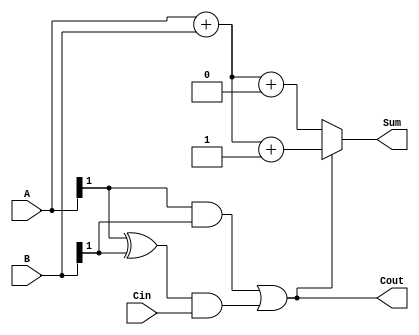
module carry_select_adder (
    input [3:0] A,
    input [3:0] B,
    input Cin,
    output [3:0] Sum,
    output Cout
);
    wire [3:0] S0, S1;     // Sums for C-in = 0 and C-in = 1
    wire C0, C1;           // Carry outs for C-in = 0 and C-in = 1
    wire P0, G0;           // Propagate and Generate for first segment
    wire P1, G1;           // Propagate and Generate for second segment

    // First 4-bit adder (C-in = 0)
    assign {C0, S0} = A + B + 1'b0; // Sum and carry for C-in = 0

    // First 4-bit adder (C-in = 1)
    assign {C1, S1} = A + B + 1'b1; // Sum and carry for C-in = 1

    // Generate and Propagate signals for the first segment
    assign G0 = A[0] & B[0];
    assign P0 = A[0] ^ B[0];

    // Generate and Propagate signals for the second segment
    assign G1 = A[1] & B[1];
    assign P1 = A[1] ^ B[1];

    // Final carry out logic
    assign Cout = G1 | (P1 & Cin); // Overall carry out

    // MUX to select final sum based on Cout from the previous segment
    assign Sum = Cout ? S1 : S0;

endmodule